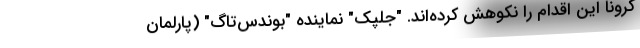
کرونا این اقدام را نکوهش کرده‌اند. "جلپک" نماینده "بوندس‌تاگ" (پارلمان